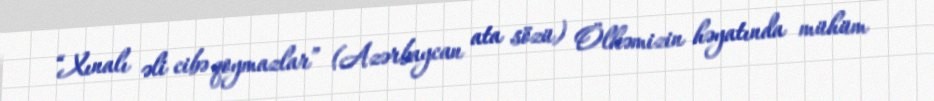
“Xınalı əli cibə qoymazlar” (Azərbaycan ata sözü) Ölkəmizin həyatında mühüm